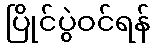
ပြိုင်ပွဲဝင်ရန်